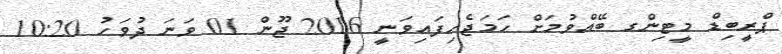
ޕްރީބިޑް މީޓިންގ ބޭއްވުމަށް ހަމަޖެހިފައިވަނީ 2016 ޖޫން 01 ވަނަ ދުވަހު 10:20